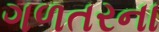
ગળતરના